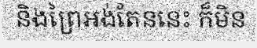
និងព្រៃអង់តែននេះ ក៏មិន